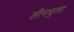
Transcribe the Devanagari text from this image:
तीनचुला